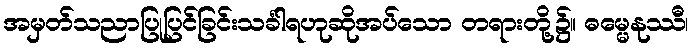
အမှတ်သညာပြုပြင်ခြင်းသင်္ခါရဟုဆိုအပ်သော တရားတို့၌။ ဓမ္မေနုဿီ၊